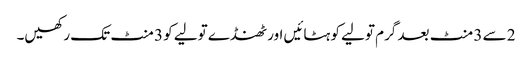
2 سے 3 منٹ بعد گرم تولیے کو ہٹائیں اور ٹھنڈے تولیے کو 3 منٹ تک رکھیں۔